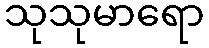
သုသုမာရော